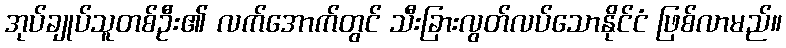
အုပ်ချုပ်သူတစ်ဦး၏ လက်အောက်တွင် သီးခြားလွတ်လပ်သောနိုင်ငံ ဖြစ်လာမည်။